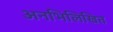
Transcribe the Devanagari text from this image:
अनभिलिखित